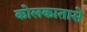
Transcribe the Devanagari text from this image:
कोलकातासे